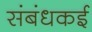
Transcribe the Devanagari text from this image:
संबंधकई